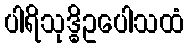
ပါရိသုဒ္ဓိဥပေါသထံ